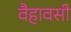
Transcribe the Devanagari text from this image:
वैहावसी